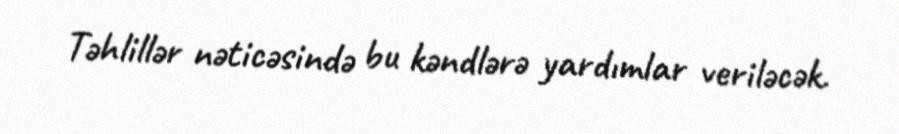
Təhlillər nəticəsində bu kəndlərə yardımlar veriləcək.